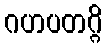
ဂဟပတဂ္ဂိ